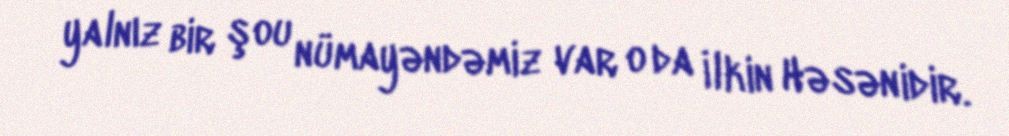
yalnız bir şou nümayəndəmiz var o da İlkin Həsənidir.